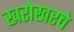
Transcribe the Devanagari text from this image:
खरोखरचे